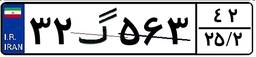
۶۴گ۴۱۱۰۲